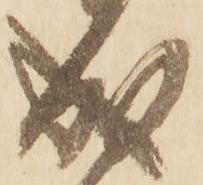
成